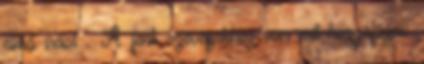
című írást . A fenti szövegekhez van mit hozzáfűzni: